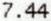
7.44